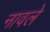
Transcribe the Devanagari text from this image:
नावले